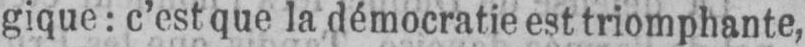
gique: c’est que la démocratie est triomphante,